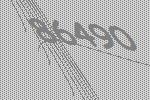
86490